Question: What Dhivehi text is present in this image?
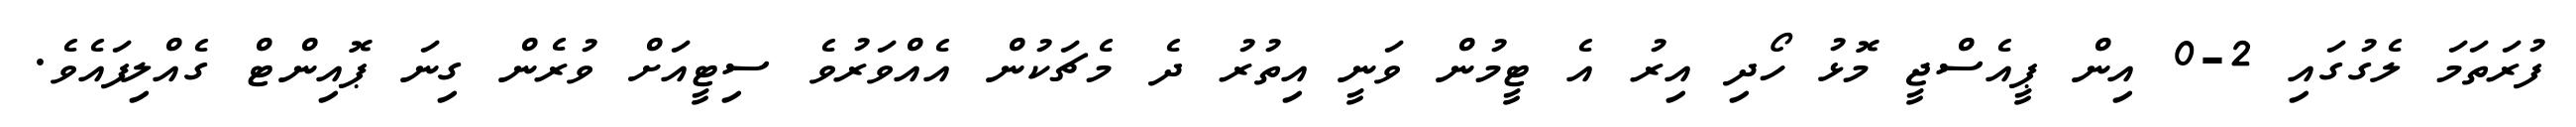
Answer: ފުރަތަމަ ލެގުގައި 2-0 އިން ޕީއެސްޖީ މޮޅު ހޯދި އިރު އެ ޓީމުން ވަނީ އިތުރު ދެ މެޗަކުން އެއްވަރުވެ ސިޓީއަށް ވުރެން ގިނަ ޕޮއިންޓް ގެއްލިފައެވެ.